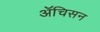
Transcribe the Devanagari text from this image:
ॲचिसन